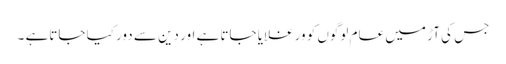
جس کی آڑ میں عام لوگوں کو ورغلایا جاتا ہے اور دین سے دور کیا جاتاہے ۔